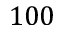
1 0 0